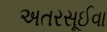
અતરસૂઈવા